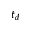
t _ { d }